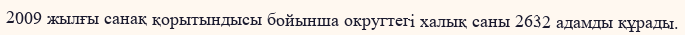
2009 жылғы санақ қорытындысы бойынша округтегі халық саны 2632 адамды құрады.